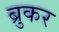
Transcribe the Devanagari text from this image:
ब्रुकर